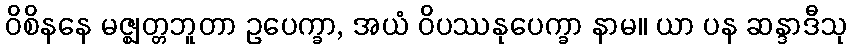
ဝိစိနနေ မဇ္ဈတ္တဘူတာ ဥပေက္ခာ, အယံ ဝိပဿနုပေက္ခာ နာမ။ ယာ ပန ဆန္ဒာဒီသု